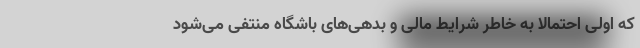
که اولی احتمالاً به خاطر شرایط مالی و بدهی‌های باشگاه منتفی می‌شود